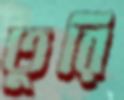
তুরি